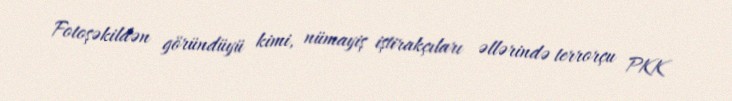
Fotoşəkildən göründüyü kimi, nümayiş iştirakçıları əllərində terrorçu PKK